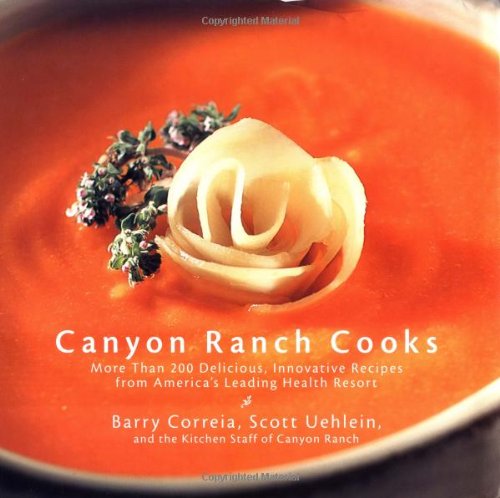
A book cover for Canyon Ranch Cooks: More Than 200 Delicious, Innovative Recipes from America's Leading Health Resort; Barry Correia; Cookbooks, Food & Wine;